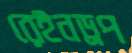
রেইনড্রপ